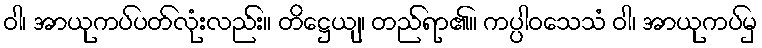
ဝါ၊ အာယုကပ်ပတ်လုံးလည်း။ တိဋ္ဌေယျ၊ တည်ရာ၏။ ကပ္ပါဝသေသံ ဝါ၊ အာယုကပ်မှ